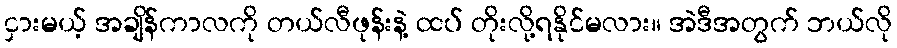
ငှားမယ့် အချိန်ကာလကို တယ်လီဖုန်းနဲ့ ထပ် တိုးလို့ရနိုင်မလား။ အဲဒီအတွက် ဘယ်လို